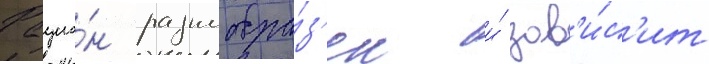
Рацио́н разнообра́з'ен и́ зав'и́с'ит